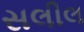
સલીલ